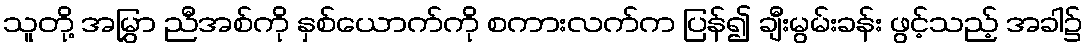
သူတို့ အမြွှာ ညီအစ်ကို နှစ်ယောက်ကို စကားလက်က ပြန်၍ ချီးမွမ်းခန်း ဖွင့်သည့် အခါ၌